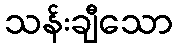
သန်းချီသော